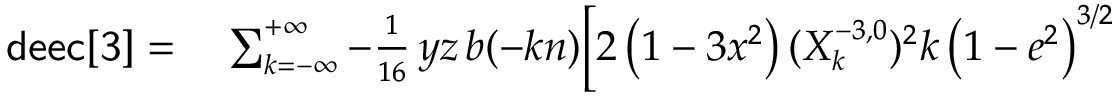
\small \begin{array} { r l } { { \sf d e e c [ 3 ] } = } & { { } \sum _ { k = - \infty } ^ { + \infty } - \frac { 1 } { 1 6 } \, y z \, b ( - k n ) \bigg [ 2 \left( 1 - 3 x ^ { 2 } \right) ( X _ { k } ^ { - 3 , 0 } ) ^ { 2 } k \left( 1 - e ^ { 2 } \right) ^ { 3 / 2 } } \end{array}